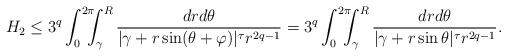
LaTeX: \begin{align*}H_2\leq3^q\int_0^{2\pi}\!\!\!\!\int_\gamma^{R}\frac{dr d\theta}{|\gamma+r\sin(\theta+\varphi)|^\tau r^{2q-1}}=3^q\int_0^{2\pi}\!\!\!\!\int_\gamma^{R}\frac{dr d\theta}{|\gamma+r\sin\theta|^\tau r^{2q-1}}.\end{align*}